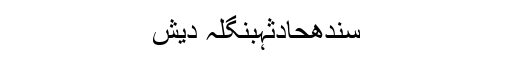
سندھحادثہبنگلہ دیش